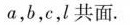
a，b，c，l共面.